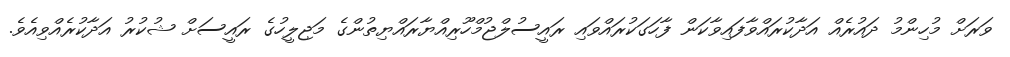
ވަރަށް މުހިންމު ދައުރެއް އަދާކުރައްވާފައިވާކަން ފާހަގަކުރައްވައި ރައީސުލްޖުމްހޫރިއްޔާރައްޔިތުންގެ މަޖިލީހުގެ ރައީސަށް ޝުކުރު އަދާކުރެއްވިއެވެ.